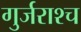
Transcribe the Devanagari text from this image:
गुर्जराश्च